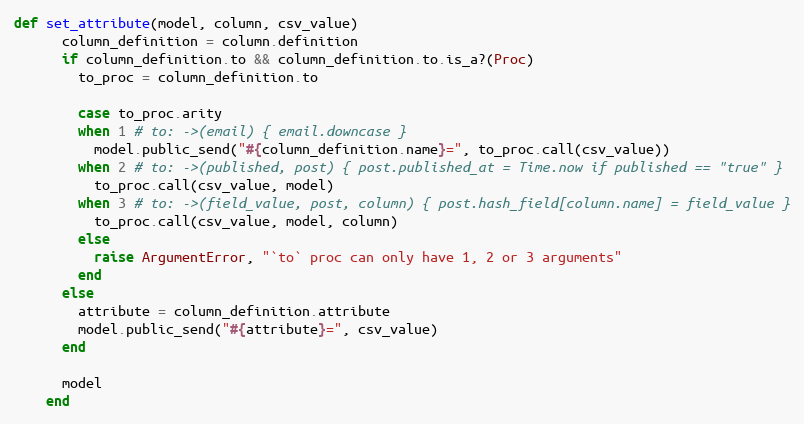
Language: Ruby
def set_attribute(model, column, csv_value)
      column_definition = column.definition
      if column_definition.to && column_definition.to.is_a?(Proc)
        to_proc = column_definition.to

        case to_proc.arity
        when 1 # to: ->(email) { email.downcase }
          model.public_send("#{column_definition.name}=", to_proc.call(csv_value))
        when 2 # to: ->(published, post) { post.published_at = Time.now if published == "true" }
          to_proc.call(csv_value, model)
        when 3 # to: ->(field_value, post, column) { post.hash_field[column.name] = field_value }
          to_proc.call(csv_value, model, column)
        else
          raise ArgumentError, "`to` proc can only have 1, 2 or 3 arguments"
        end
      else
        attribute = column_definition.attribute
        model.public_send("#{attribute}=", csv_value)
      end

      model
    end